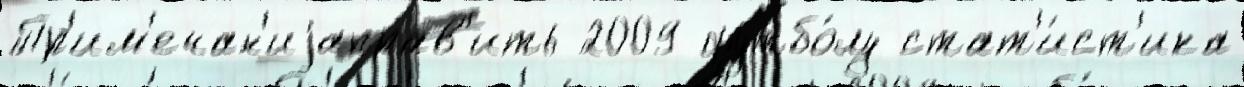
Пр'им'ечан'иjаправ'ить 2009 футбо́лу стат'и́ст'ика